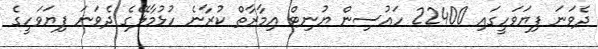
ދެވަނަ ފިޔަވަހީގައި 22400 ހައުސިން ޔުނިޓް އިމާރާތް ކުރާނެ ހުޅުމާލޭގެ ދެވަނަ ފިޔަވަހީގެ